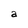
Character: a